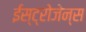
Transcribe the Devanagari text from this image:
ईस्ट्रोजेन्स